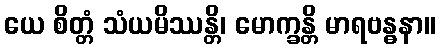
ယေ စိတ္တံ သံယမိဿန္တိ၊ မောက္ခန္တိ မာရဗန္ဓနာ။